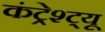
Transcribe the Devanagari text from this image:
कंट्रेश्ट्यू